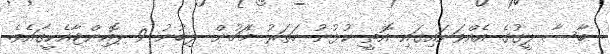
ބާސާ ލީގުގެ އެއްވަނައިގައި އޮތީ ކުޅުނު ހަތަރު މެޗުން ލިބުނު 9 ޕޮއިންޓާއެކީގައެވެ.